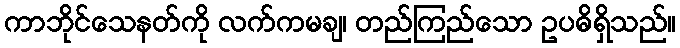
ကာဘိုင်သေနတ်ကို လက်ကမချ၊ တည်ကြည်သော ဥပဓိရှိသည်။